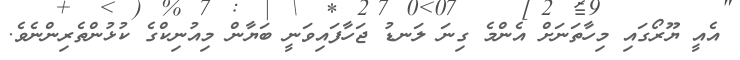
އެއީ ޔޫރޯގައި މިހާތަނަށް އެންމެ ގިނަ ލަނޑު ޖަހާފައިވަނީ ބަޔާން މިއުނިކްގެ ކުޅުންތެރިންނެވެ.